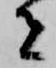
者